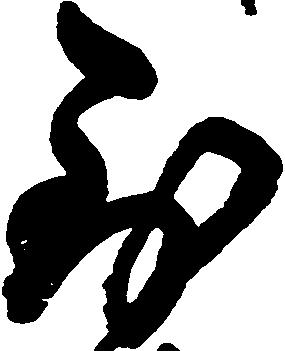
到